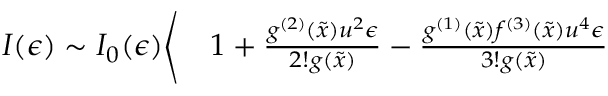
\begin{array} { r l } { I ( \epsilon ) \sim I _ { 0 } ( \epsilon ) \Bigg \langle } & { { } 1 + \frac { g ^ { ( 2 ) } ( \tilde { x } ) u ^ { 2 } \epsilon } { 2 ! g ( \tilde { x } ) } - \frac { g ^ { ( 1 ) } ( \tilde { x } ) f ^ { ( 3 ) } ( \tilde { x } ) u ^ { 4 } \epsilon } { 3 ! g ( \tilde { x } ) } } \end{array}